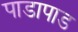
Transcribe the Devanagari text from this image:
पाडापाड